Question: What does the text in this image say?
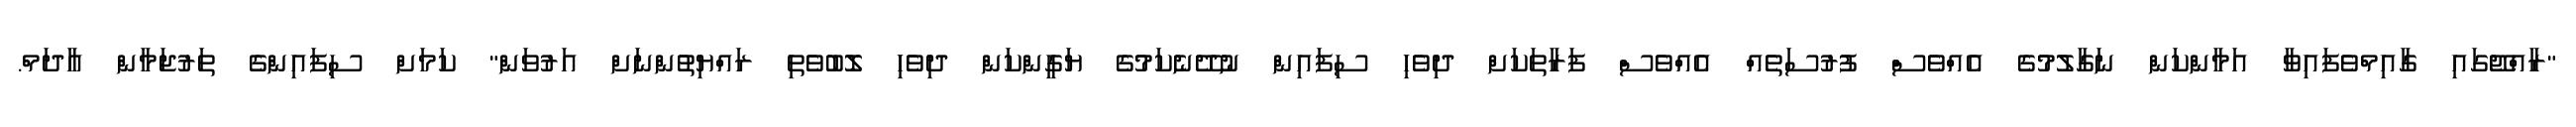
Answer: "ރާއްޖޭގައި ގާއިމްވެފައިވާ އަމާންކަން ނަގާލުމުގެ އެއްވެސް ފުރުސަތެއް އެއްވެސް ފަރާތަކަށް ދިވެހި ސިފައިން ނުދޭނެކަމުގެ ޔަގީންކަން ދިވެހި ލޮބުވެތި ރައްޔިތުންނަށް އަރުވަން" ކަމަށް ސިފައިންގެ ތަރުޖަމާން އާދަމް.